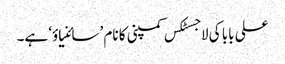
علی بابا کی لاجسٹکس کمپنی کا نام ’سائنیاؤ‘ ہے۔